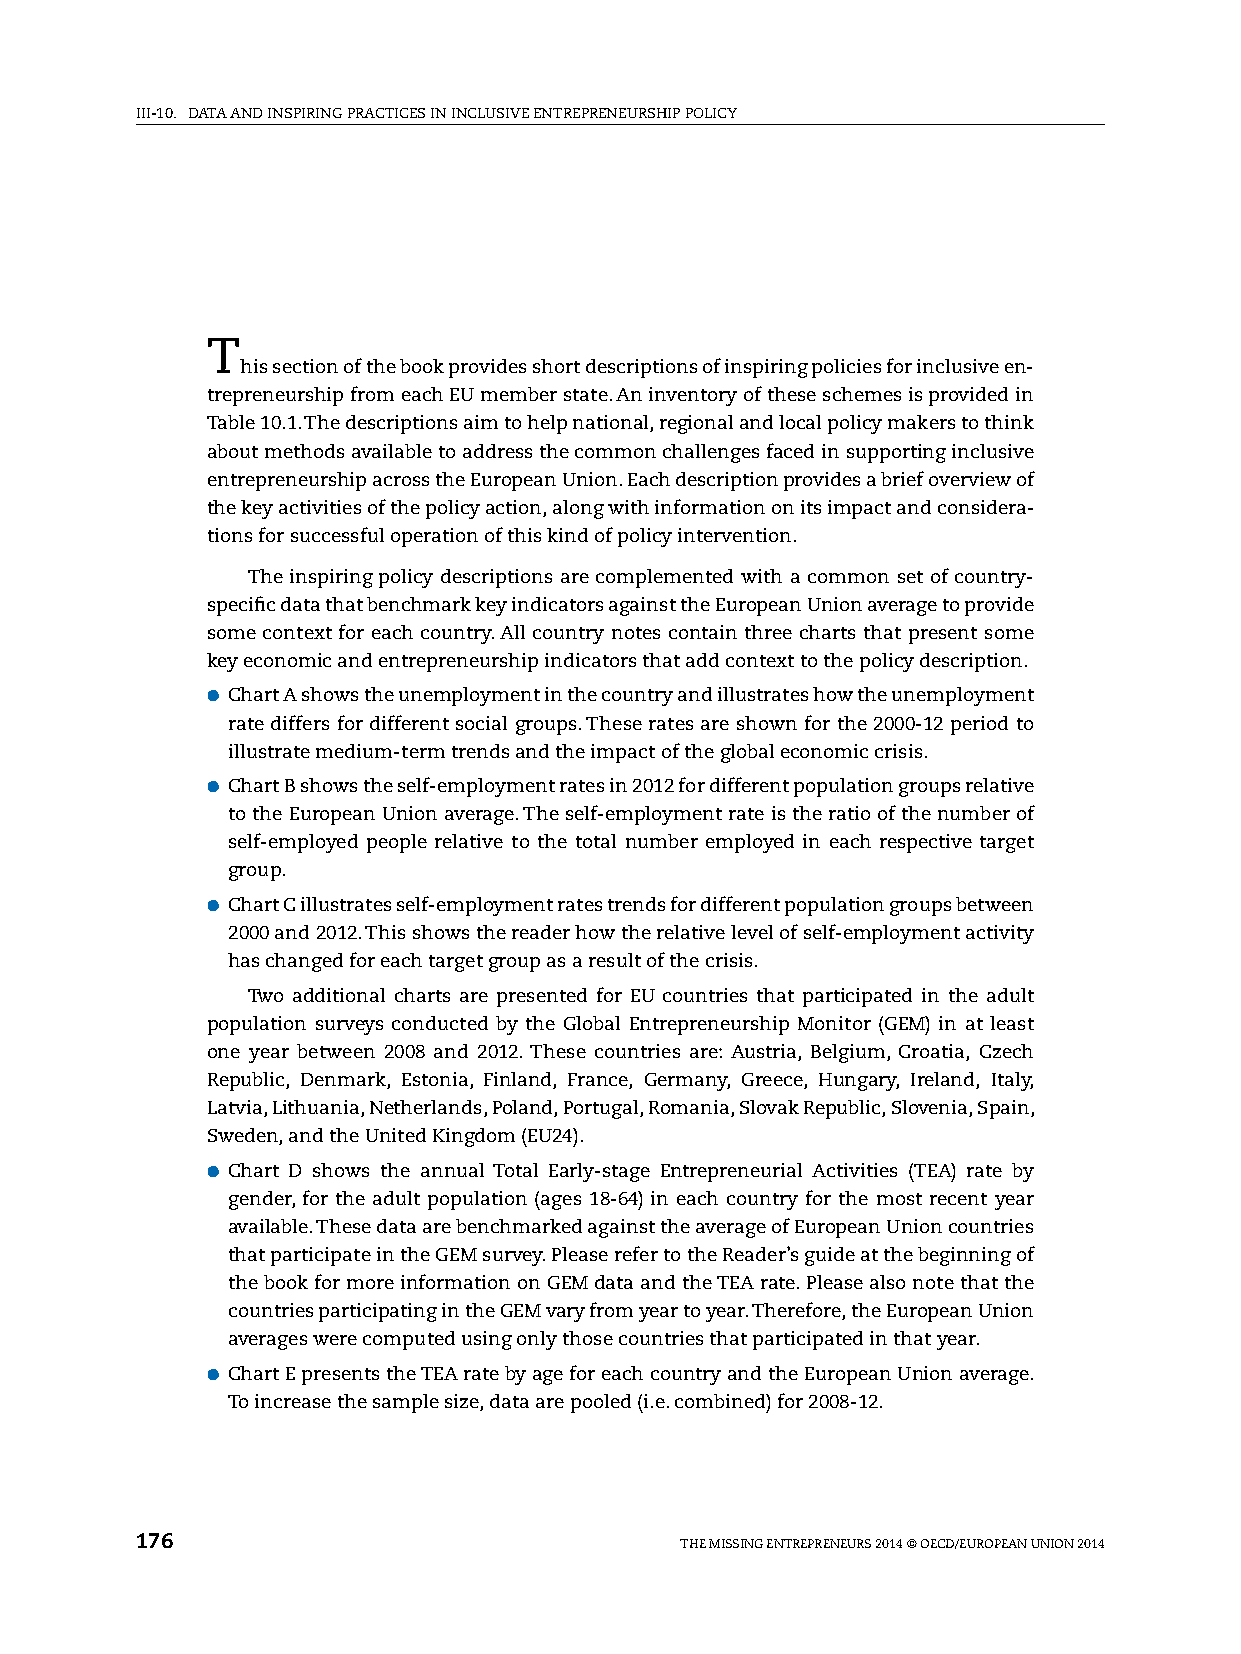
iii-10. DATA AnD inspiring prACTiCes in inClusive enTrepreneurship pOliCy
 T
 his section of the book provides short descriptions of inspiring policies for inclusive en-
 trepreneurship from each eu member state. An inventory of these schemes is provided in
 Table 10.1. The descriptions aim to help national, regional and local policy makers to think
 about methods available to address the common challenges faced in supporting inclusive
 entrepreneurship across the european union. each description provides a brief overview of
 the key activities of the policy action, along with information on its impact and considera-
 tions for successful operation of this kind of policy intervention.
 The inspiring policy descriptions are complemented with a common set of country-
 specific data that benchmark key indicators against the european union average to provide
 some context for each country. All country notes contain three charts that present some
 key economic and entrepreneurship indicators that add context to the policy description.
 ●●Chart A shows the unemployment in the country and illustrates how the unemployment
 rate differs for different social groups. These rates are shown for the 2000-12 period to
 illustrate medium-term trends and the impact of the global economic crisis.
 ●●Chart B shows the self-employment rates in 2012 for different population groups relative
 to the european union average. The self-employment rate is the ratio of the number of
 self-employed people relative to the total number employed in each respective target
 group.
 ●●Chart C illustrates self-employment rates trends for different population groups between
 2000 and 2012. This shows the reader how the relative level of self-employment activity
 has changed for each target group as a result of the crisis.
 Two additional charts are presented for eu countries that participated in the adult
 population surveys conducted by the global entrepreneurship Monitor (geM) in at least
 one year between 2008 and 2012. These countries are: Austria, Belgium, Croatia, Czech
 republic, Denmark, estonia, Finland, France, germany, greece, hungary, ireland, italy,
 latvia, lithuania, netherlands, poland, portugal, romania, slovak republic, slovenia, spain,
 sweden, and the united Kingdom (eu24).
 ●●Chart D shows the annual Total early-stage entrepreneurial Activities (TeA) rate by
 gender, for the adult population (ages 18-64) in each country for the most recent year
 available. These data are benchmarked against the average of european union countries
 that participate in the geM survey. please refer to the reader’s guide at the beginning of
 the book for more information on geM data and the TeA rate. please also note that the
 countries participating in the geM vary from year to year. Therefore, the european union
 averages were computed using only those countries that participated in that year.
 ●●Chart e presents the TeA rate by age for each country and the european union average.
 To increase the sample size, data are pooled (i.e. combined) for 2008-12.
 176                                 The Missing enTrepreneurs 2014 © OeCD/eurOpeAn uniOn 2014